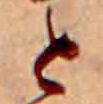
と